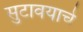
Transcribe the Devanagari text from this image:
सुटावयाचे